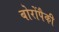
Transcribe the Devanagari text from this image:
बोरोंपैकी